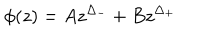
\phi ( z ) = A z ^ { \Delta _ { - } } + B z ^ { \Delta _ { + } }